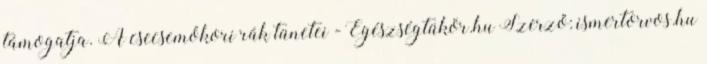
támogatja. A csecsemőkori rák tünetei - Egészségtükör.hu Szerző: ismertorvos.hu